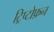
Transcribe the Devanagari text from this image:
ट्रिप्टोफ़न